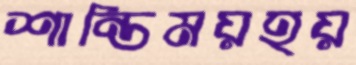
শান্তিময়হয়